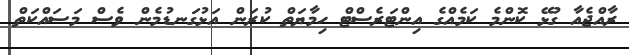
ރާއްޖެއާ ގުޅޭ ކޮންމެ ކަމެއްގެ އިންޓަރެސްޓް ހިމާޔަތް ކުރަން އަޅުގަނޑުމެން ވެސް މަސައްކަތް